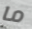
ما